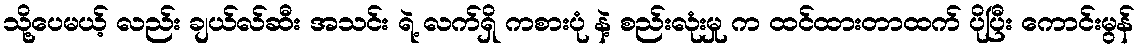
သို့ပေမယ့် လည်း ချယ်လ်ဆီး အသင်း ရဲ့ လက်ရှိ ကစားပုံ နဲ့ စည်းလုံးမှု က ထင်ထားတာထက် ပိုပြီး ကောင်းမွန်